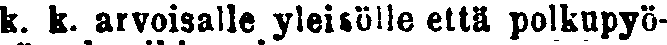
k. k. arvoisalle yleisölle että polkupyö-